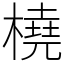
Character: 橈